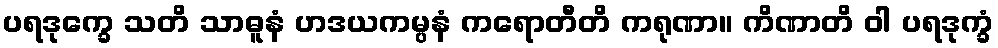
ပရဒုက္ခေ သတိ သာဓူနံ ဟဒယကမ္ပနံ ကရောတီတိ ကရုဏာ။ ကိဏာတိ ဝါ ပရဒုက္ခံ